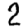
Digit: 2